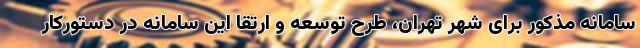
سامانه مذکور برای شهر تهران، طرح توسعه و ارتقا این سامانه در دستورکار